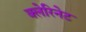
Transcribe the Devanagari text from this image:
क्लेरिनेट